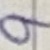
Text: 9